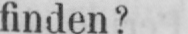
finden?